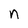
Character: n